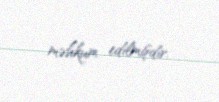
məhkum edilmişdir.